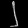
Digit: ၂